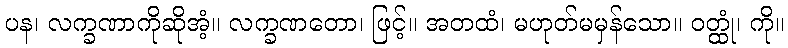
ပန၊ လက္ခဏာကိုဆိုအံ့။ လက္ခဏတော၊ ဖြင့်။ အတထံ၊ မဟုတ်မမှန်သော။ ဝတ္ထုံ၊ ကို။